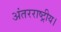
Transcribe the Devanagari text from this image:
अंतरराष्ट्रीय।